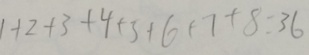
1 + 2 + 3 + 4 + 5 + 6 + 7 + 8 = 3 6